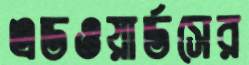
এডওয়ার্ডসের